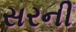
સરની